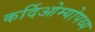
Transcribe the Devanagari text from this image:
कर्दिओम्योपथ्य